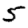
Digit: 5